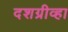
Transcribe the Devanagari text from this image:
दशग्रीव्हा